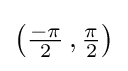
{\textstyle \left({\frac {-\pi }{2}}\,,{\frac {\pi }{2}}\right)}